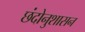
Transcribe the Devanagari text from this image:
छंदोनुशासन